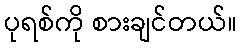
ပုရစ်ကို စားချင်တယ်။